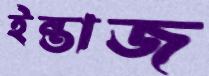
ইন্তাজ